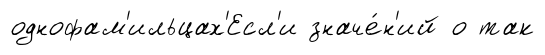
однофам'ильцах'Есл'и значе́н'ий о так